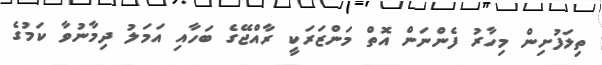
ތިލަފުށިން މިހާރު ފެންނަން އޮތް މަންޒަރަކީ ރާއްޖޭގެ ބަހާއި އަމަލު ދިމާނުވާ ކަމުގެ